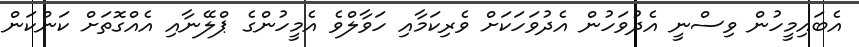
އެބައިމީހުން ވިސްނީ އެދުވަހުން އެދުވަހަކަށް ވެރިކަމާއި ހަވާލްވެ އެމީހުންގެ ޕްލޭނާއި އެއްގޮތަށް ކަންކަން